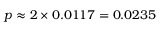
\textstyle p \approx 2 \times 0 . 0 1 1 7 = 0 . 0 2 3 5